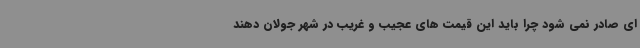
ای صادر نمی شود چرا باید این قیمت های عجیب و غریب در شهر جولان دهند